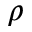
\rho